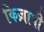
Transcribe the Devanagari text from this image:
किज़ाषी